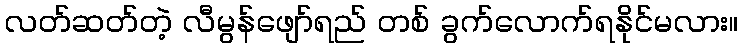
လတ်ဆတ်တဲ့ လီမွန်ဖျော်ရည် တစ် ခွက်လောက်ရနိုင်မလား။